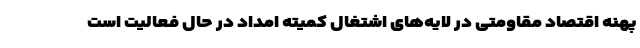
پهنه اقتصاد مقاومتی در لایه‌های اشتغال کمیته امداد در حال فعالیت است